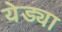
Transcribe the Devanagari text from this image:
येड्या